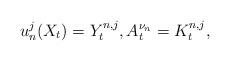
LaTeX: \begin{align*}u^j_n(X_t)=Y^{n,j}_t,A^{\nu_n}_t=K^{n,j}_t,\end{align*}